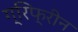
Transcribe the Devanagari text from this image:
ग्रिफ्रीन